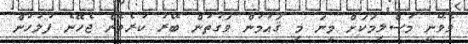
ވެވޭނީ މުސްލިމަކަށް މީނަ މި ޤައުމުން ވަގުތުން ބޭރު ކުރެވެން ޖެހޭނެ ފުލުހުން